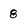
Character: 8